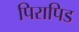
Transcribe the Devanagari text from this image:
पिरापिड